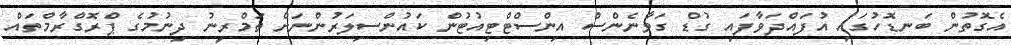
އެގޮތުން ބަނޑޮހުގައި އުފައްދަވާފައި ގުޑް ގަވާނެންސް އިންސްޓްޓިއުޓުން ކައުންސިލަރުންނަށް ތަމްރީނު ދިނުމުގެ ޕްރޮގްރާމްތައް